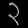
Digit: ၃